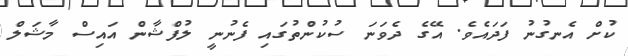
ކުށް އެނގުނު ފަދައެވެ. އޭގެ ދެވަނަ ސުކުންތުގައި ފެނުނީ ލުފްޝާން އައިސް މާޝަލް